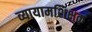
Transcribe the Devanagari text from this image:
व्यायामशिक्षक